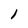
Character: 1